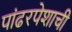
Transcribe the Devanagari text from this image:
पांढरपेशाची